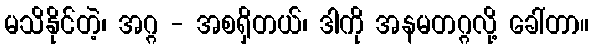
မသိနိုင်တဲ့၊ အဂ္ဂ - အစရှိတယ်၊ ဒါကို အနမတဂ္ဂလို့ ခေါ်တာ။